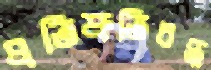
প্রতিশ্রুতিবদ্ধ